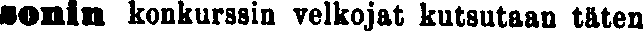
sonin konkurssin velkojat kutsutaan täten